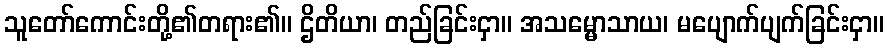
သူတော်ကောင်းတို့၏တရား၏။ ဌိတိယာ၊ တည်ခြင်းငှာ။ အသမ္မောသာယ၊ မပျောက်ပျက်ခြင်းငှာ။